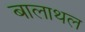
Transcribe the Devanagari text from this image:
बालाथल